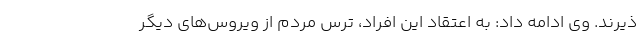
ذیرند. وی ادامه داد: به اعتقاد این افراد، ترس مردم از ویروس‌های دیگر